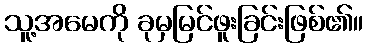
သူ့အမေကို ခုမှမြင်ဖူးခြင်းဖြစ်၏။